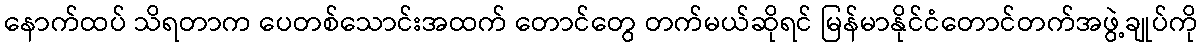
နောက်ထပ် သိရတာက ပေတစ်သောင်းအထက် တောင်တွေ တက်မယ်ဆိုရင် မြန်မာနိုင်ငံတောင်တက်အဖွဲ့ချုပ်ကို